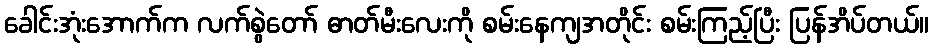
ခေါင်းအုံးအောက်က လက်စွဲတော် ဓာတ်မီးလေးကို စမ်းနေကျအတိုင်း စမ်းကြည့်ပြီး ပြန်အိပ်တယ်။